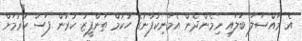
އެ މައްސަލަ ބަލައި ނިމެންދެން އެމަނިކުފާނުގެ ހުކުމް ތަންފީޒު ކުރުން ފަސް ކުރުމަށް